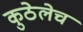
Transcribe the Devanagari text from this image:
कुठेलेच